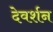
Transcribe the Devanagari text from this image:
देवर्शन